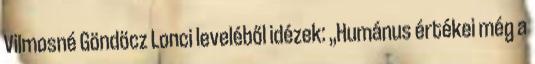
Vilmosné Göndöcz Lonci leveléből idézek: „Humánus értékei még a